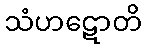
သံဟဋောတိ